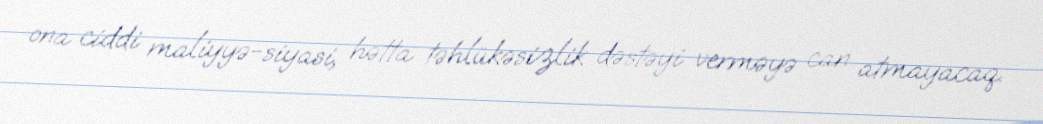
ona ciddi maliyyə-siyasi, hətta təhlükəsizlik dəstəyi verməyə can atmayacaq.